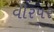
વીરપર